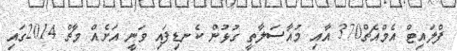
ފްލައިޓް އެމްއެޗް370 އާއި މުއާސަލާތީ ގުޅުން ކެނޑިފައި ވަނީ އަށެއް މާޗް 2014ގައި